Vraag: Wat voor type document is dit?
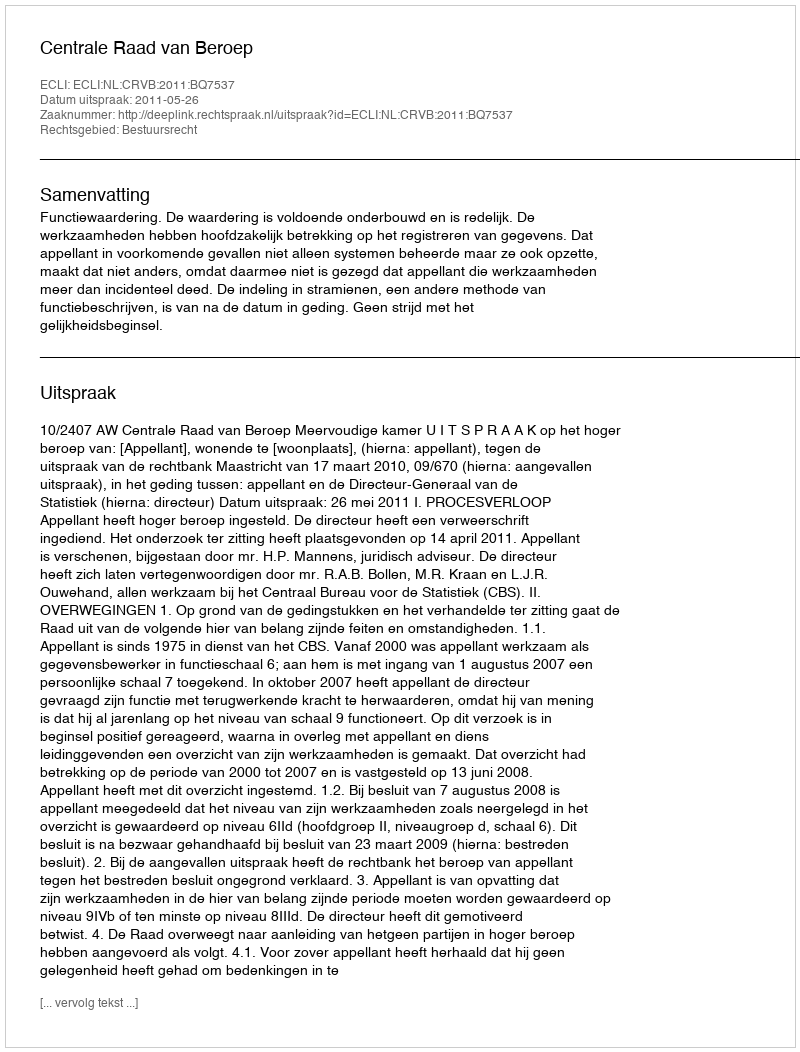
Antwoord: Uitspraak